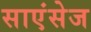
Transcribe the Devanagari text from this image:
साएंसेज